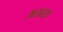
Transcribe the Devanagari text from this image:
असस